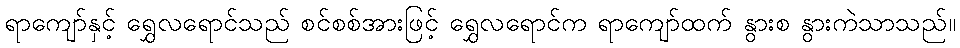
ရာကျော်နှင့် ရွှေလရောင်သည် စင်စစ်အားဖြင့် ရွှေလရောင်က ရာကျော်ထက် နွားစ နွားကဲသာသည်။